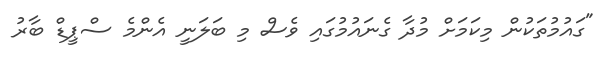
"ގައުމުތަކުން މިކަމަށް މުދާ ގެނައުމުގައި ވެސް މި ބަލަނީ އެންމެ ސްޕީޑް ބާރު